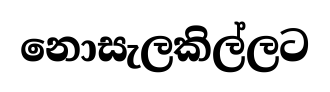
නොසැලකිල්ලට